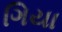
ગિયા